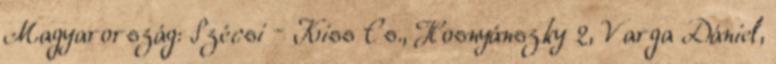
Magyarország: Szécsi – Kiss Cs., Hosnyánszky 2, Varga Dániel,